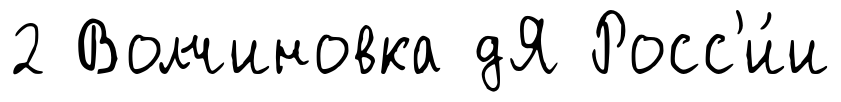
2 Волчиновка дЯ Росс'и́и